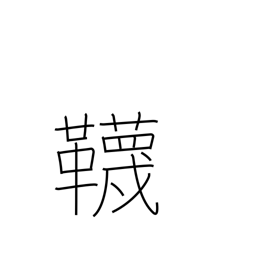
Meaning: stockings